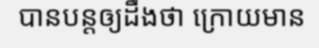
បានបន្តឲ្យដឹងថា ក្រោយមាន